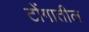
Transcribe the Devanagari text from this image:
टोंगातील